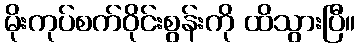
မိုးကုပ်စက်ဝိုင်းစွန်းကို ထိသွားပြီ။